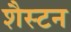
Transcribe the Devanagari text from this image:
शैस्टन